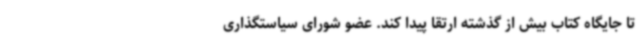
تا جایگاه کتاب بیش از گذشته ارتقا پیدا کند. عضو شورای سیاستگذاری